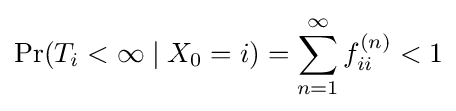
\Pr(T_{i}<\infty \mid X_{0}=i)=\sum _{n=1}^{\infty }f_{ii}^{(n)}<1